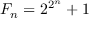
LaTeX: F _ { n } = 2 ^ { 2 ^ { n } } + 1